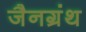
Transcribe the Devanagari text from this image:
जैनग्रंथ